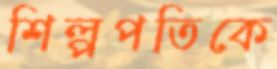
শিল্পপতিকে